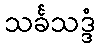
သင်္ခသဒ္ဒံ